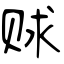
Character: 赇